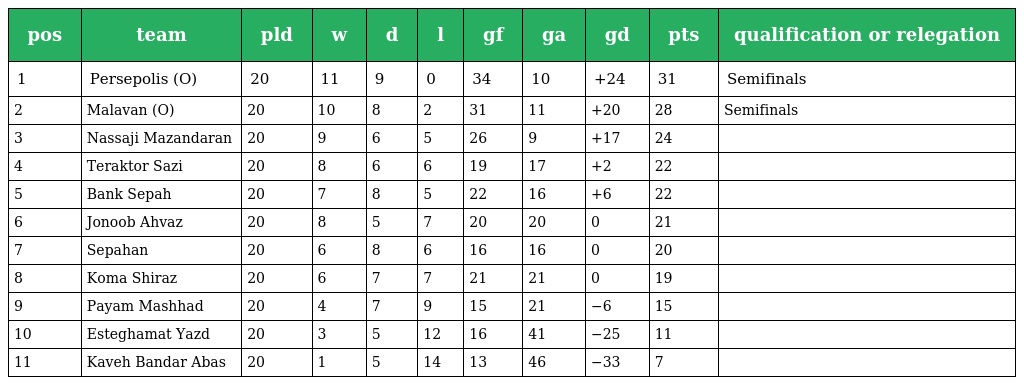
| pos | team | pld | w | d | l | gf | ga | gd | pts | qualification or relegation |
 | --- | --- | --- | --- | --- | --- | --- | --- | --- | --- | --- |
 | 1 | Persepolis (O) | 20 | 11 | 9 | 0 | 34 | 10 | +24 | 31 | Semifinals |
 | 2 | Malavan (O) | 20 | 10 | 8 | 2 | 31 | 11 | +20 | 28 | Semifinals |
 | 3 | Nassaji Mazandaran | 20 | 9 | 6 | 5 | 26 | 9 | +17 | 24 |  |
 | 4 | Teraktor Sazi | 20 | 8 | 6 | 6 | 19 | 17 | +2 | 22 |  |
 | 5 | Bank Sepah | 20 | 7 | 8 | 5 | 22 | 16 | +6 | 22 |  |
 | 6 | Jonoob Ahvaz | 20 | 8 | 5 | 7 | 20 | 20 | 0 | 21 |  |
 | 7 | Sepahan | 20 | 6 | 8 | 6 | 16 | 16 | 0 | 20 |  |
 | 8 | Koma Shiraz | 20 | 6 | 7 | 7 | 21 | 21 | 0 | 19 |  |
 | 9 | Payam Mashhad | 20 | 4 | 7 | 9 | 15 | 21 | −6 | 15 |  |
 | 10 | Esteghamat Yazd | 20 | 3 | 5 | 12 | 16 | 41 | −25 | 11 |  |
 | 11 | Kaveh Bandar Abas | 20 | 1 | 5 | 14 | 13 | 46 | −33 | 7 |  |